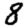
Digit: 8